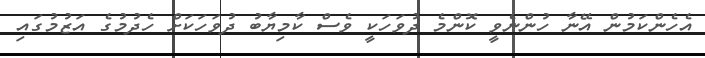
އެހެންކަމުން އޭނާ ހުންނެވީ ކޮންމެ ދުވަހަކީ ވެސް ކާމިޔާބު ދުވަހަކަށް ހެދުމުގެ އަޒުމުގައި